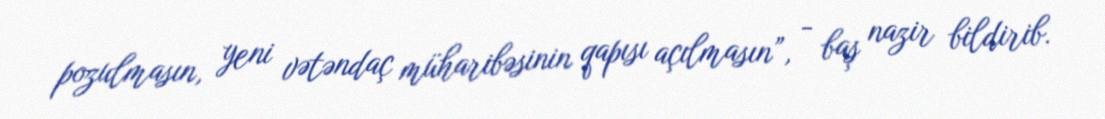
pozulmasın, yeni vətəndaç müharibəsinin qapısı açılmasın”, - baş nazir bildirib.